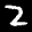
Label: 2